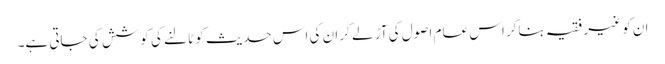
ان کو غیر فقیہ بناکر اس عام اصول کی آڑ لے کر ان کی اس حدیث کو ٹالنے کی کوشش کی جاتی ہے۔